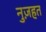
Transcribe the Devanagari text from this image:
नुज़हत